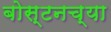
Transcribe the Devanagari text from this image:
बोस्टनच्या